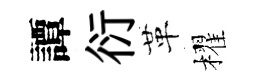
譚衍革櫂